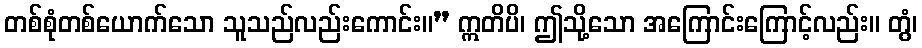
တစ်စုံတစ်ယောက်သော သူသည်လည်းကောင်း။” ဣတိပိ၊ ဤသို့သော အကြောင်းကြောင့်လည်း။ တွံ၊